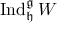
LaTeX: \operatorname { I n d } _ { \mathfrak { h } } ^ { \mathfrak { g } } W